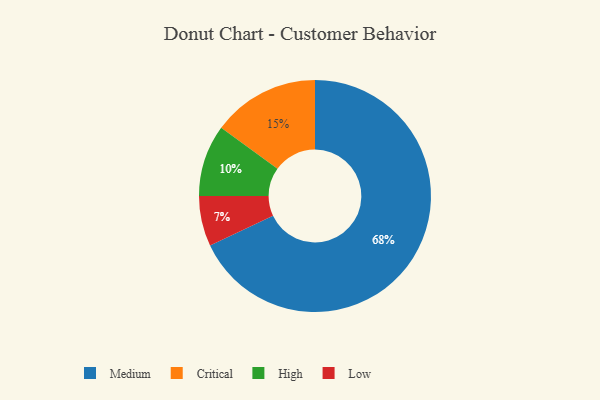
{"axis": {"x": "Category", "y": "Percentage"}, "legend": ["Critical", "High", "Low", "Medium"], "data": [{"x": "Low", "y": 7, "type": "Low"}, {"x": "Medium", "y": 68, "type": "Medium"}, {"x": "High", "y": 10, "type": "High"}, {"x": "Critical", "y": 15, "type": "Critical"}]}